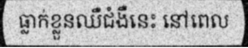
ធ្លាក់ខ្លួនឈឺជំងឺនេះ នៅពេល